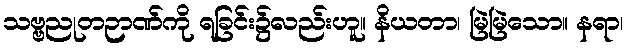
သဗ္ဗညုတဉာဏ်ကို ရခြင်း၌လည်းဟူ။ နိယတာ၊ မြဲမြဲသော။ နရာ၊